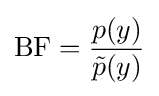
{\text{BF}}={\frac {p(y)}{{\tilde {p}}(y)}}